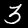
Label: 3